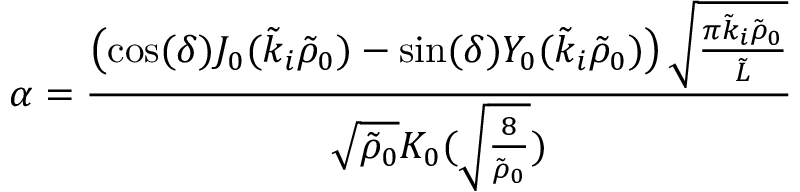
\alpha = \frac { \left( \cos ( \delta ) J _ { 0 } ( \tilde { k } _ { i } \tilde { \rho } _ { 0 } ) - \sin ( \delta ) Y _ { 0 } ( \tilde { k } _ { i } \tilde { \rho } _ { 0 } ) \right) \sqrt { \frac { \pi \tilde { k } _ { i } \tilde { \rho } _ { 0 } } { \tilde { L } } } } { \sqrt { \tilde { \rho } _ { 0 } } K _ { 0 } ( \sqrt { \frac { 8 } { \tilde { \rho } _ { 0 } } } ) }